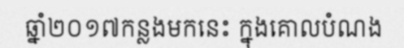
ឆ្នាំ២០១៧កន្លងមកនេះ ក្នុងគោលបំណង